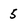
Character: 5